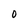
Character: 0